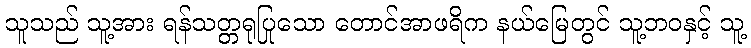
သူသည် သူ့အား ရန်သတ္တရုပြုသော တောင်အာဖရိက နယ်မြေတွင် သူ့ဘဝနှင့် သူ့